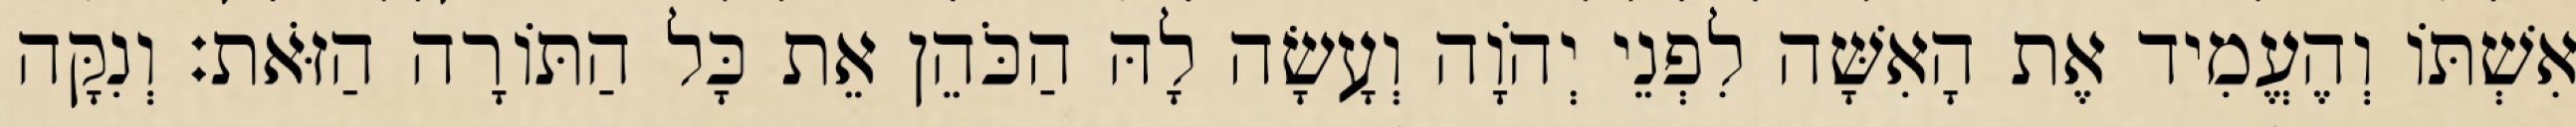
אִשְׁתּוֹ וְהֶעֱמִיד אֶת הָאִשָּׁה לִפְנֵי יְהֹוָה וְעָשָׂה לָהּ הַכֹּהֵן אֵת כָּל הַתּוֹרָה הַזֹּאת׃ וְנִקָּה